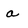
Character: a